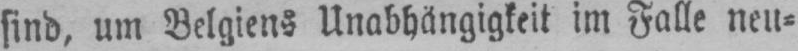
sind, um Belgiens Unabhängigkeit im Falle neu⸗